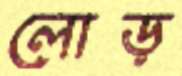
লোড়